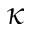
\kappa